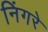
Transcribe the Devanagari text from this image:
निंगरे